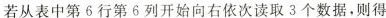
若从表中第6行第6列开始向右依次读取3个数据，则得